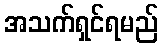
အသက်ရှင်ရမည်